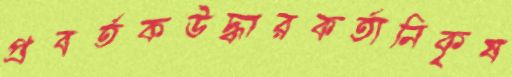
প্রবর্তকউদ্ধারকর্তানিকৃষ